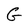
Character: G